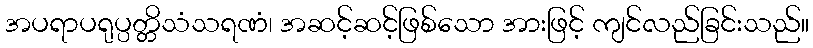
အပရာပရုပ္ပတ္တိသံသရဏံ၊ အဆင့်ဆင့်ဖြစ်သော အားဖြင့် ကျင်လည်ခြင်းသည်။